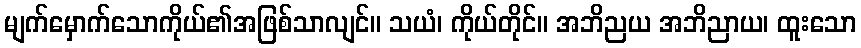
မျက်မှောက်သောကိုယ်၏အဖြစ်သာလျင်။ သယံ၊ ကိုယ်တိုင်။ အဘိညယ အဘိညာယ၊ ထူးသော